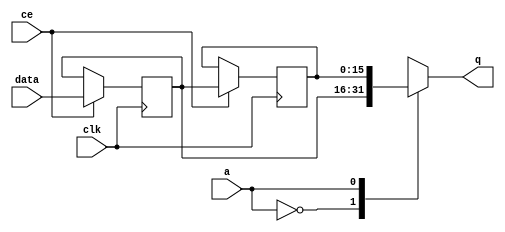
module td_fused_top_fifo_w16_d2_S_x9_shiftReg (
    clk,
    data,
    ce,
    a,
    q);

parameter DATA_WIDTH = 32'd16;
parameter ADDR_WIDTH = 32'd1;
parameter DEPTH = 2'd2;

input clk;
input [DATA_WIDTH-1:0] data;
input ce;
input [ADDR_WIDTH-1:0] a;
output [DATA_WIDTH-1:0] q;

reg[DATA_WIDTH-1:0] sr_0, sr_1;
integer i;

always @ (posedge clk)
    begin
        if (ce)
        begin
            sr_0 <= data;
            sr_1 <= sr_0;


        end
    end

always @( sr_0, sr_1, a) begin
   case (a)
      1'd0: q = sr_0;
      1'd1: q = sr_1;
      default: q = sr_1;
   endcase
end

endmodule